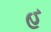
હ